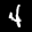
Label: 4